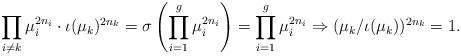
LaTeX: \begin{align*}\prod_{i \neq k} \mu_i^{2n_i} \cdot \iota(\mu_k)^{2n_k} = \sigma\left( \prod_{i=1}^g \mu_i^{2n_i} \right) = \prod_{i=1}^g \mu_i^{2n_i} \Rightarrow (\mu_k/\iota(\mu_k))^{2n_k} = 1.\end{align*}